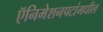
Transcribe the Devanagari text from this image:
ऍनिमेशनपटांमधील